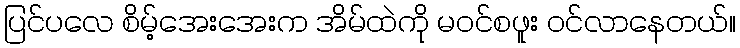
ပြင်ပလေ စိမ့်အေးအေးက အိမ်ထဲကို မဝင်စဖူး ဝင်လာနေတယ်။